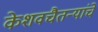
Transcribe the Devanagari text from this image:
केशवचैतन्यांचे